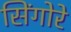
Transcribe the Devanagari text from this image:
सिंगोरे